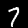
Label: 7